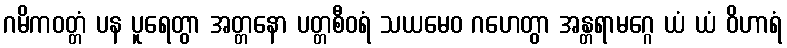
ဂမိကဝတ္တံ ပန ပူရေတွာ အတ္တနော ပတ္တစီဝရံ သယမေဝ ဂဟေတွာ အန္တရာမဂ္ဂေ ယံ ယံ ဝိဟာရံ